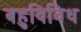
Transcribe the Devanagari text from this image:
बहुविविध